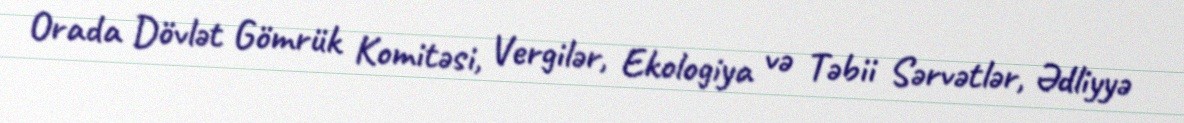
Orada Dövlət Gömrük Komitəsi, Vergilər, Ekologiya və Təbii Sərvətlər, Ədliyyə